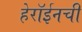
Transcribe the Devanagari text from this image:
हेरॉईनची